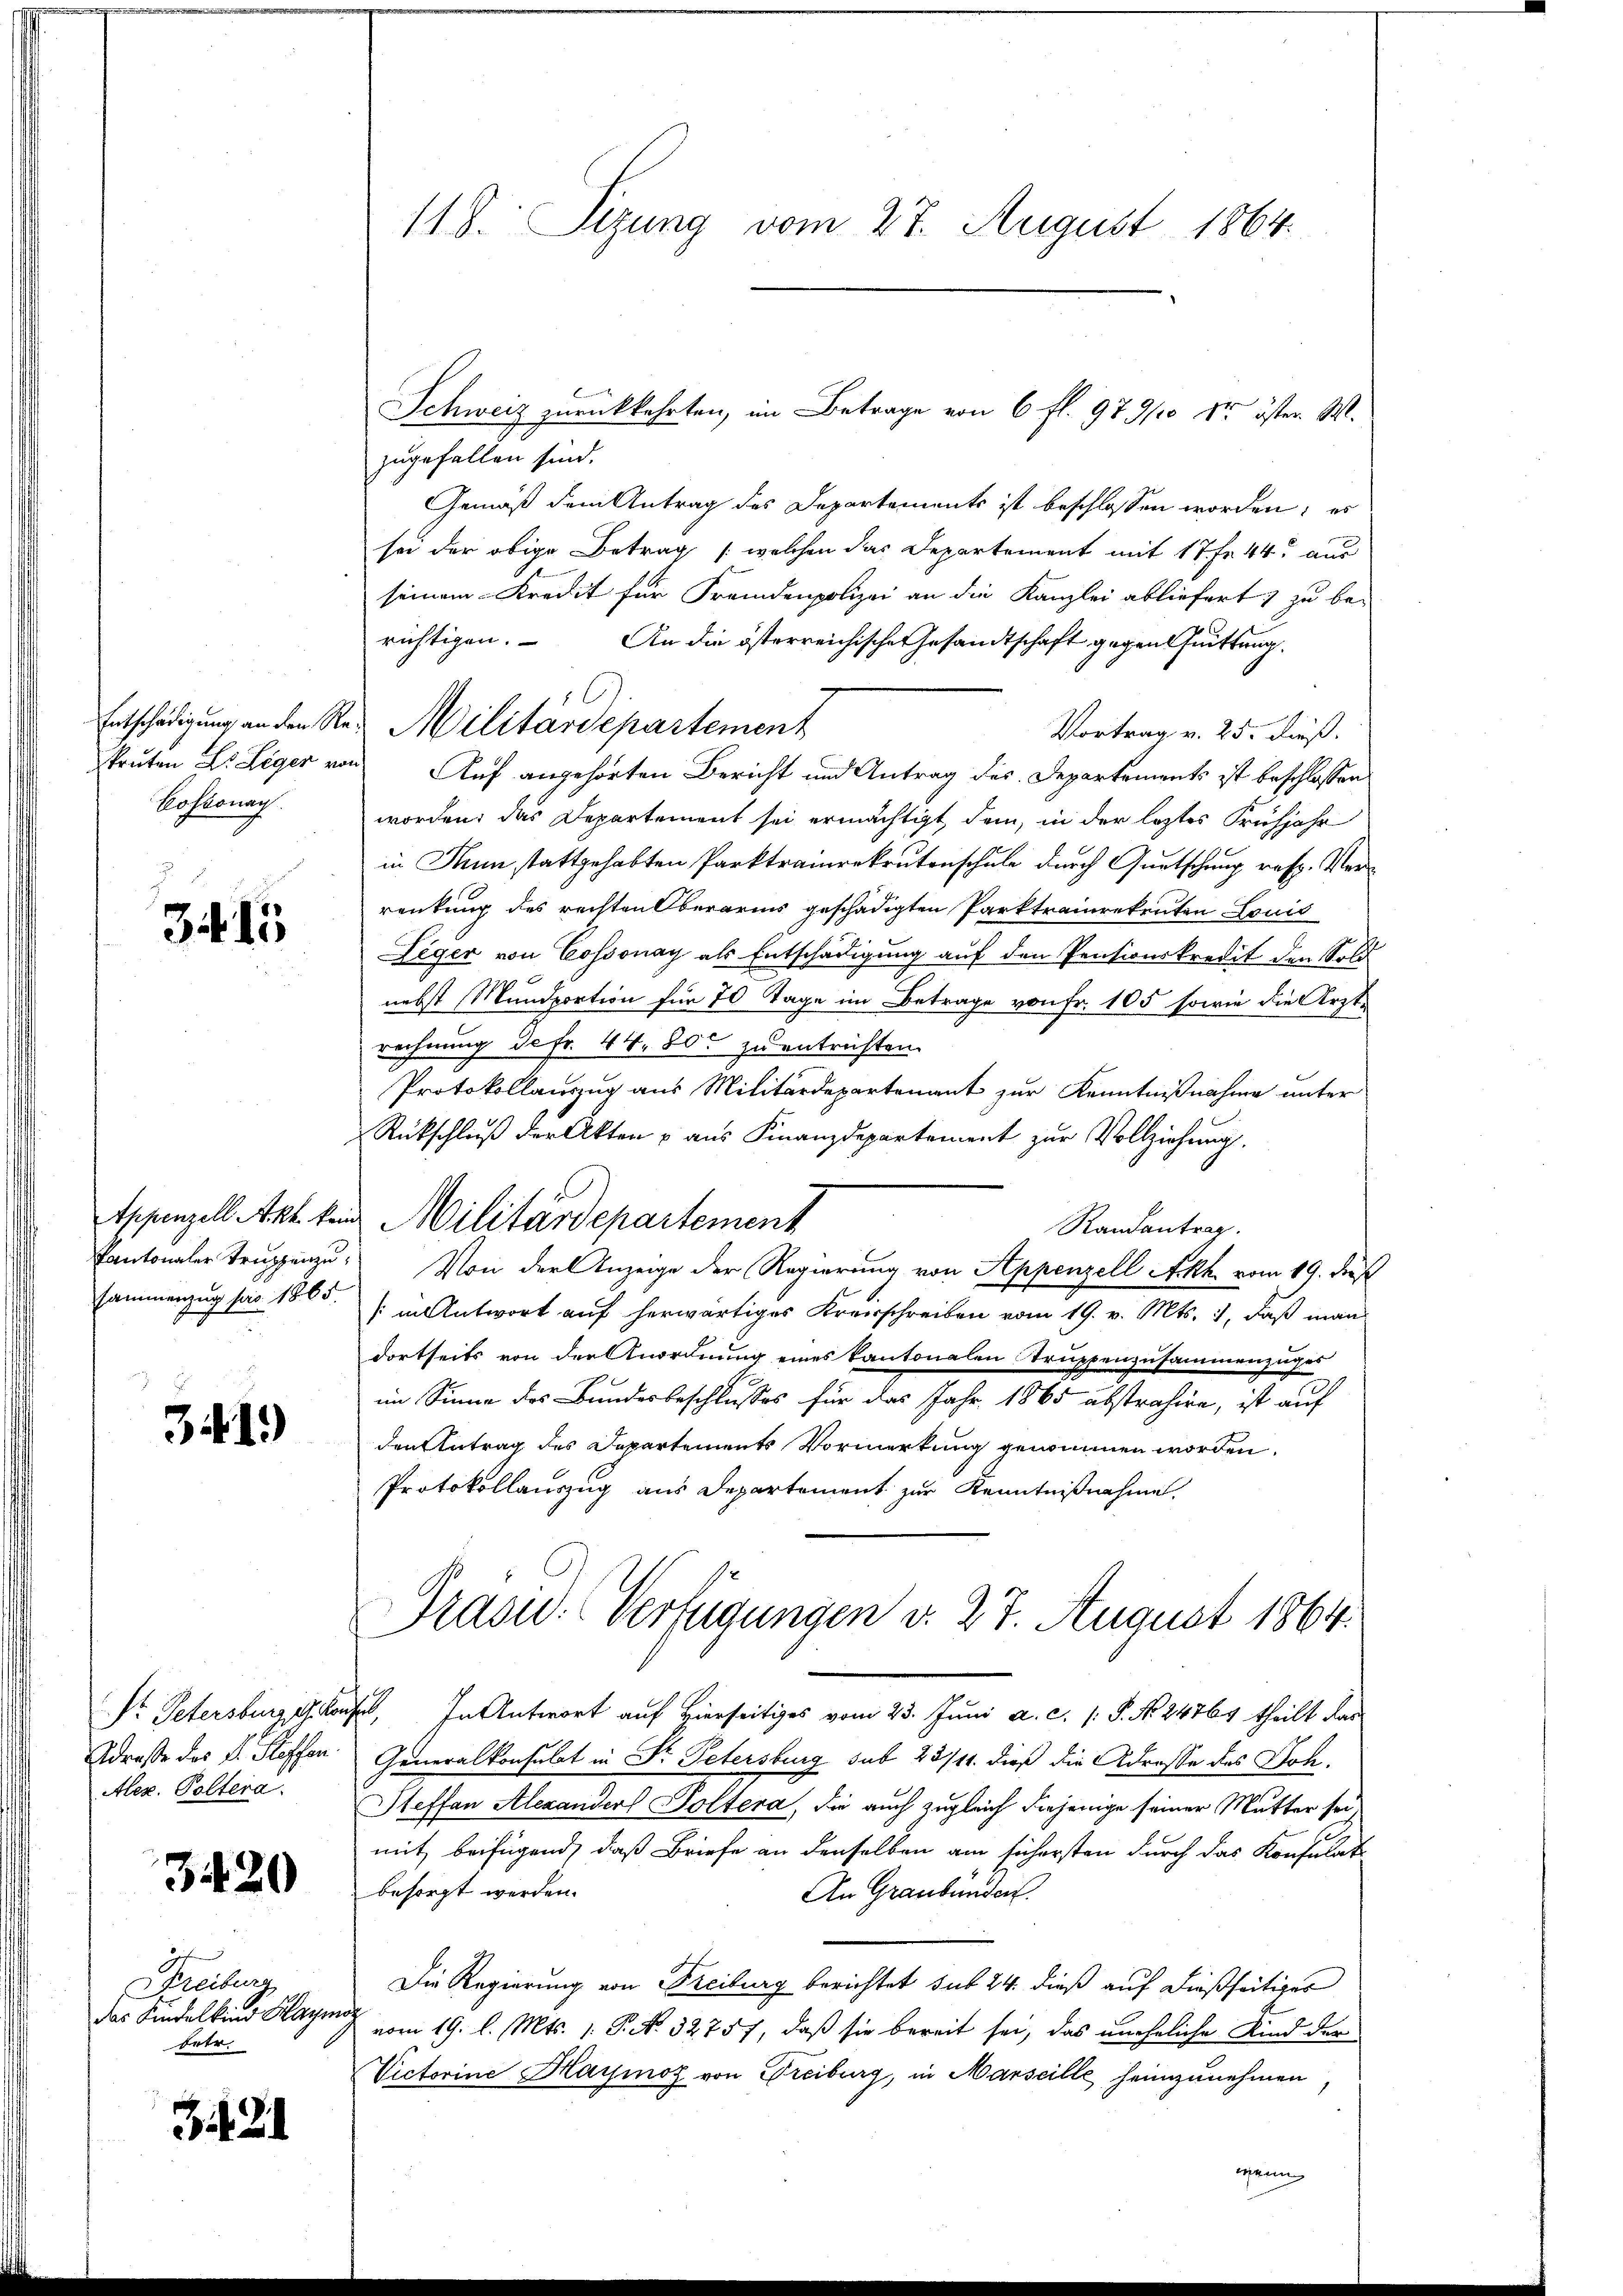
Cossonach.

34 15

sammenzug pro 1865.

34 1.)

Straße der Dr. Kassen
Alex. Poltera

3420

Freiburg
Der Kindelkind Hagma
betr.

32

118. Seizung vom 27. August 1864.

zugefallen sind.
Gemäß dem Antrag des Departements ist beschlossen worden; es
sei der obige Betrag (welchen das Departement mit 17 Fr. 44 aus
seinem Kredit für Fremdenpolizei an die Kanzlei abliefert) zu be-
richtigen. An die österreichische Gesandtschaft gegen Quittung.
Vortrag v. 25. dieß.
kruten Dr Leger von Auf angehörten Bericht und Antrag des Departements ist beschlossen
worden; das Departement sei ermächtigt, dem, in der leztes Frühjahr
in Nun stattgehabten Parktrainrekrutenschule durch Quetschung resp. Verrenkung des rechten Oberarms geschädigten Parktrainrekruten Louis
Leger von Cossonay als Entschädigung auf den Pensionskredit den Sold
nebst Mundportion für 70 Tage im Betrage von Fr. 105 sowie die Ärzte
rechnung defr. 44. 800 zu entrichten.
Protokollauszug aus Militärdepartement zur Kenntnißnahme unter
Rückschluß der Akten u aus Finanzdepartement zur Vollziehung.
Eppenzell Akt kein Militärdepartement
Randantrag.
Kantonaler Truppenze. Von der Anzeige der Regierung von Appenzell Akt vom 19. des
(in Antwort auf herwärtiges Kreisschreiben vom 19. v. Mts. 1, daß man
dortseits von der Anordnung eines Kantonalen Truppenzusammenzuges
im Sinne des Bundesbeschlusses für das Jahr 1865 abstrahire, ist auf
den Antrag des Departements Vormerkung genommen worden.
Protokollauszug aus Departement zur Kenntnißnahme.
Präsid. Verfügungen d. 27. August 1864.

Entschädigung an den Res Militärdepartement

Schweiz zurückkehrten, im Betrage von 6 fl. 979/0 Sr öster M.

Dr. Petersburg getan, In Antwort auf Hierseitiges vom 25. Juni a. c. s. S. No 24769 theilt dar
Generalkonsulat in Dr. Petersburg sub 25/11. dieß die Adrosse des Soh¬
Steffan Alexander Poltera, die auch zugleich diejenige seiner Mutter sei
mit, beifügend, daß Briefe an denselben am sichersten durch das Konsulat
besorgt werden.
An Graubünden.
Die Regierung von Freiburg berichtet sub 24. dieß auf dießseitiges
vom 19. l. Mts. 1. P. N. 32757, daß sie bereit sei, das uneheliche Kind der
Victorine Haymoz von Freiburg, in Marseille heimzunehmen
wenn